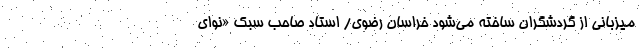
میزبانی از گردشگران ساخته می‌شود خراسان رضوی/ استاد صاحب سبک «نوای